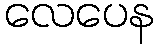
လေပေန